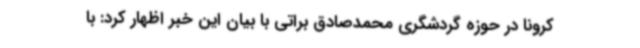
کرونا در حوزه گردشگری محمدصادق براتی با بیان این خبر اظهار کرد: با